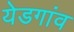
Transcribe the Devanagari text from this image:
येडगांव